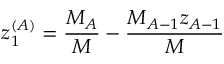
z _ { 1 } ^ { ( A ) } = \frac { M _ { A } } { M } - \frac { M _ { A - 1 } z _ { A - 1 } } { M }